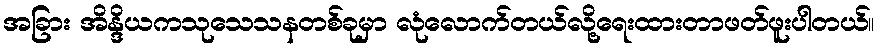
အခြား အိန္ဒိယကသုသေသနတစ်ခုမှာ လုံလောက်တယ်လို့ရေးထားတာဖတ်ဖူးပါတယ်။